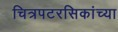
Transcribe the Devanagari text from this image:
चित्रपटरसिकांच्या